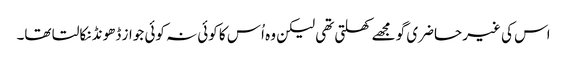
اس کی غیر حاضری گو مجھے کھلتی تھی لیکن وہ اُس کا کوئی نہ کوئی جواز ڈھونڈ نکالتا تھا۔